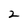
Character: 2